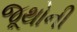
જૂથોની